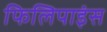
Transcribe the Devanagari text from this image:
फिलिपाइंस